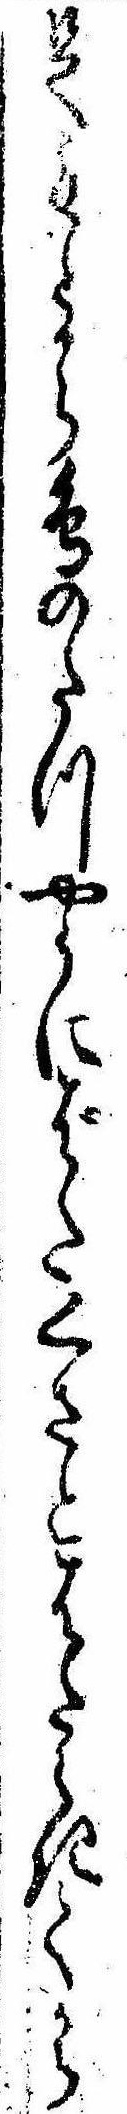
足もとから鳥のたつやうにばたくさとはたらきてから